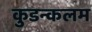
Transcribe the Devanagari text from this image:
कुडन्कलम